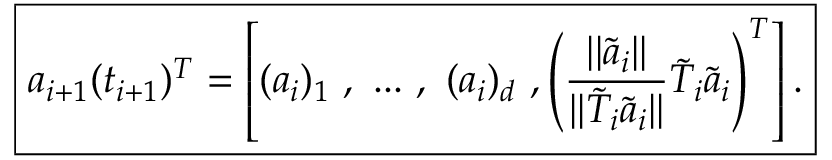
\boxed { \boldsymbol { a } _ { i + 1 } ( t _ { i + 1 } ) ^ { T } = \left[ ( \boldsymbol { a } _ { i } ) _ { 1 } \mathrm { ~ } , \mathrm { ~ } . . . \mathrm { ~ } , \mathrm { ~ } ( \boldsymbol { a } _ { i } ) _ { d } \mathrm { ~ } , \left( \frac { | | \widetilde { \boldsymbol { a } } _ { i } | | } { | | \widetilde { T } _ { i } \widetilde { \boldsymbol { a } } _ { i } | | } \widetilde { T } _ { i } \widetilde { \boldsymbol { a } } _ { i } \right) ^ { T } \right] . }